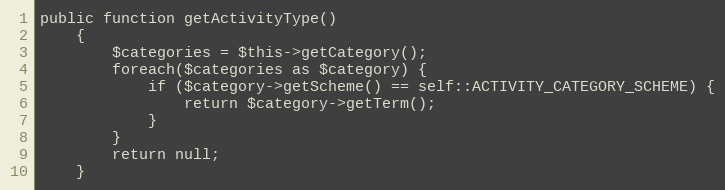
Language: PHP
public function getActivityType()
    {
        $categories = $this->getCategory();
        foreach($categories as $category) {
            if ($category->getScheme() == self::ACTIVITY_CATEGORY_SCHEME) {
                return $category->getTerm();
            }
        }
        return null;
    }